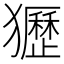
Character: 㺡